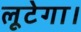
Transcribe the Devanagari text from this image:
लूटेगा।